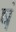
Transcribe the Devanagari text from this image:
षं